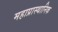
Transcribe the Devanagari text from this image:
महाप्रास्थानिक